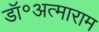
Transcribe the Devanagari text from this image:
डॉ॰अत्माराम